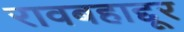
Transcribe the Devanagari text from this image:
रावबहाद्दूर